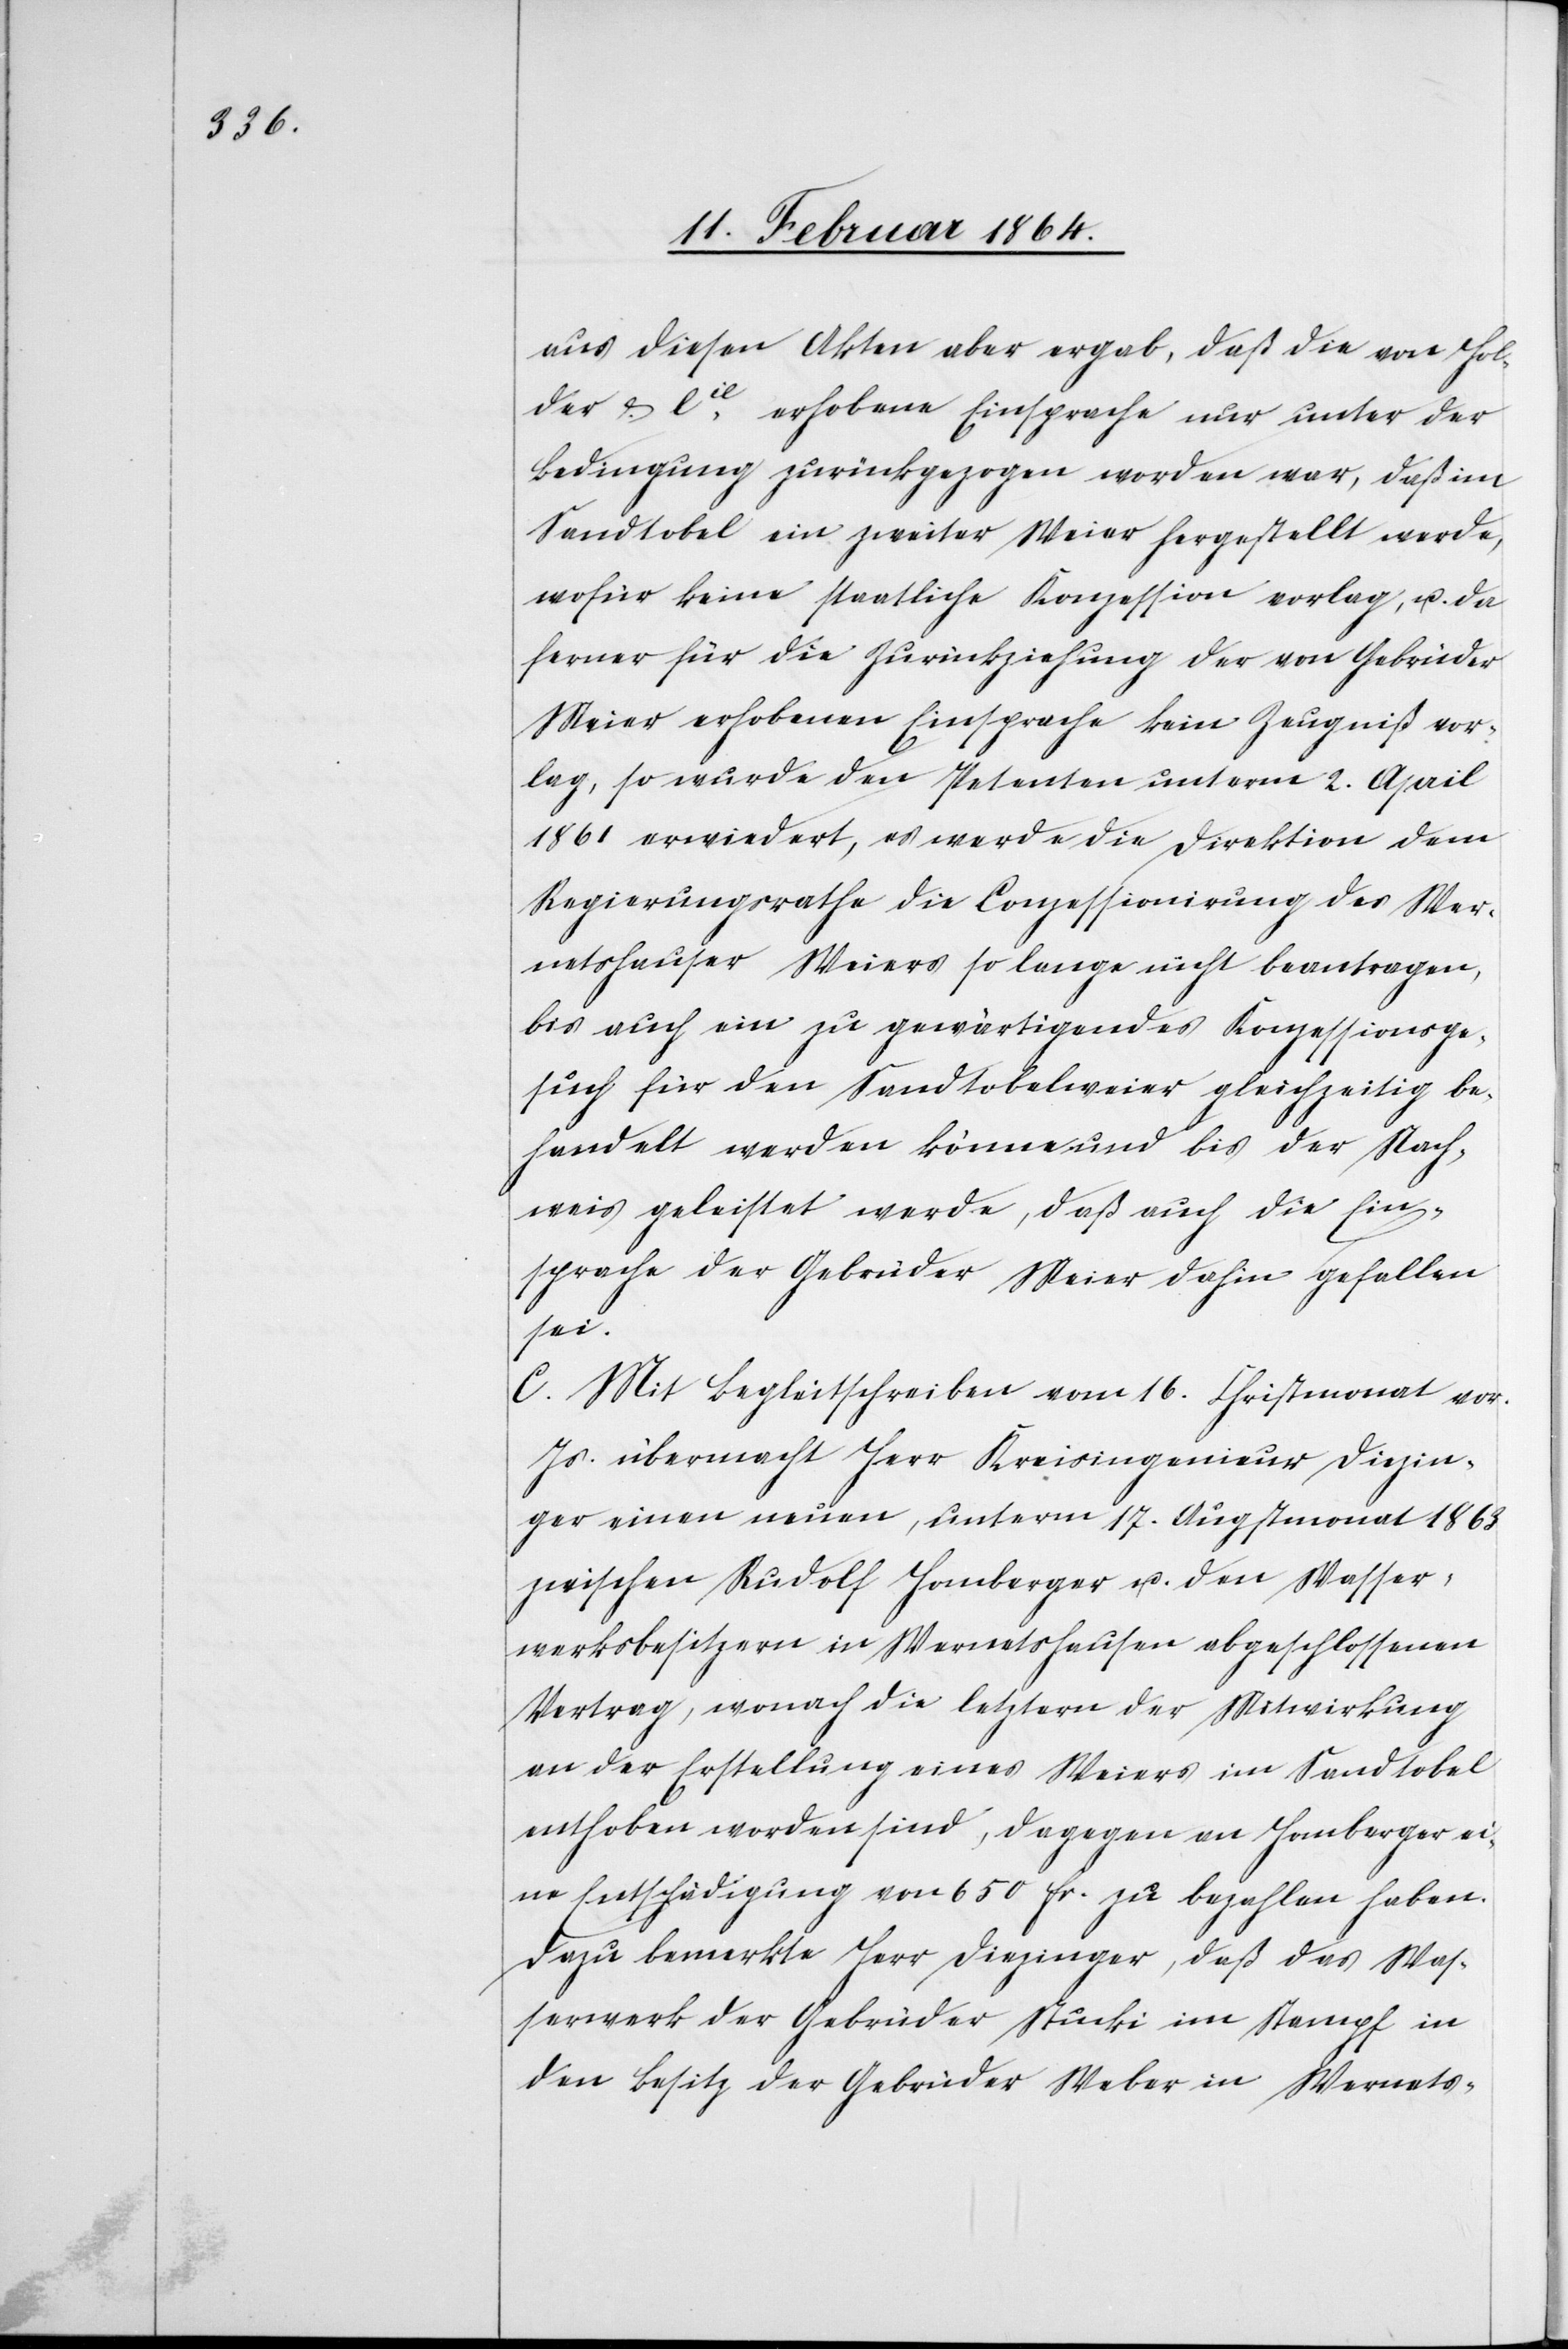
aus diesen Akten aber ergaben, daß die von Hol¬
der & Cie erhobene Einsprache nur unter der
Bedingung zurückgezogen worden war, daß im
Sandtobel ein zweiter Weier hergestellt werde,
wofür keine staatliche Konzession vorlag, u. da
ferner für die Zurückziehung der von Gebrüder
Meier erhobenen Einsprache kein Zeugniß vor¬
lag, so wurde den Petenten unterm 2. April
1861 erwiedert, es werde die Direktion dem
Regierungsrathe die Conzessionirung des Wer¬
netshauser Weiers so lange nicht beantragen,
bis auch ein zu gewärtigendes Konzessionsge¬
such für den Sandtobelweier gleichzeitig be¬
handelt werden könne und bis der Nach¬
weis geleistet werde, daß auch die Ein¬
sprache der Gebrüder Meier dahin gefallen
sei.
C. Mit Begleitschreiben vom 16. Christmonat vor.
Js. übermacht Herr Kreisingenieur Diezin¬
ger einen neuen, unterm 17. Augstmonat 1863
zwischen Rudolf Homberger und den Wasser¬
werksbesitzern in Wernetshausen abgeschlossenen
Vertrag, wonach die letztern der Mitwirkung
an der Erstellung eines Weiers im Sandtobel
enthoben worden sind, dagegen an Homburger ei¬
ne Entschädigung von 650 fr. zu bezahlen haben.
Dazu bemerkte Herr Diezinger, daß das Was¬
serwerk der Gebrüder Stucki im Stampf in
den Besitz der Gebrüder Weber in Wernets-